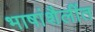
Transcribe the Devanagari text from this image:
भाषांशैलींत